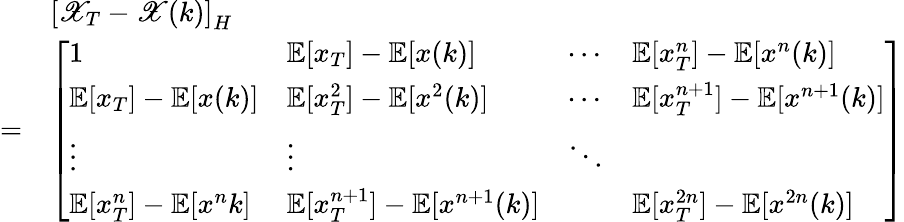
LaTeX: \begin{array}{rl}&{\left[\mathscr{X}_{T}-\mathscr{X}(k)\right]_{H}}\\ {=}&{\left[\begin{array}{llll}{1}&{\mathbb{E}[x_{T}]-\mathbb{E}[x(k)]}&{\cdots}&{\mathbb{E}[x_{T}^{n}]-\mathbb{E}[x^{n}(k)]}\\ {\mathbb{E}[x_{T}]-\mathbb{E}[x(k)]}&{\mathbb{E}[x_{T}^{2}]-\mathbb{E}[x^{2}(k)]}&{\cdots}&{\mathbb{E}[x_{T}^{n+1}]-\mathbb{E}[x^{n+1}(k)]}\\ {\vdots}&{\vdots}&{\ddots}&\\ {\mathbb{E}[x_{T}^{n}]-\mathbb{E}[x^{n}{k}]}&{\mathbb{E}[x_{T}^{n+1}]-\mathbb{E}[x^{n+1}(k)]}&&{\mathbb{E}[x_{T}^{2n}]-\mathbb{E}[x^{2n}(k)]}\end{array}\right]}\end{array}